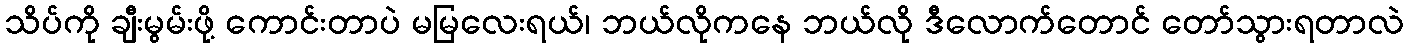
သိပ်ကို ချီးမွမ်းဖို့ ကောင်းတာပဲ မမြလေးရယ်၊ ဘယ်လိုကနေ ဘယ်လို ဒီလောက်တောင် တော်သွားရတာလဲ